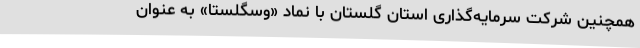
همچنین شرکت سرمایه‌گذاری استان گلستان با نماد «وسگلستا» به عنوان